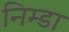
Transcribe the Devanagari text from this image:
निम्डा